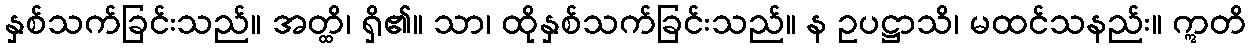
နှစ်သက်ခြင်းသည်။ အတ္ထိ၊ ရှိ၏။ သာ၊ ထိုနှစ်သက်ခြင်းသည်။ န ဥပဋ္ဌာသိ၊ မထင်သနည်း။ ဣတိ